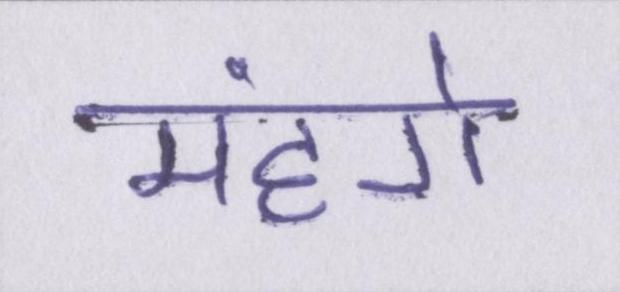
मंहगे